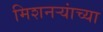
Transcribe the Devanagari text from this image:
मिशनर्‍यांच्या